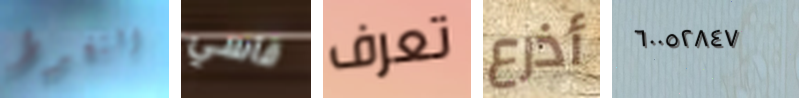
التغوط قاسي تعرف أذرع ٦٠٠٥٢٨٤٧